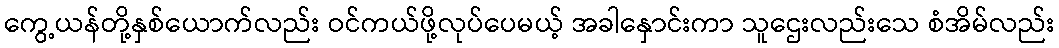
ကွေ့ယန်တို့နှစ်ယောက်လည်း ဝင်ကယ်ဖို့လုပ်ပေမယ့် အခါနှောင်းကာ သူဌေးလည်းသေ စံအိမ်လည်း